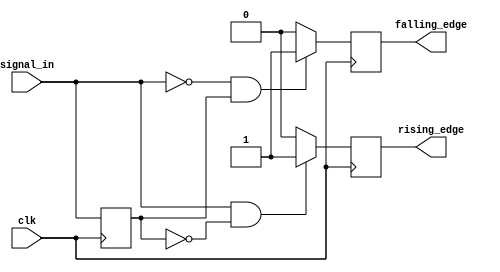
module edge_detector (
    input wire clk,            // Clock signal
    input wire signal_in,      // Input signal to be monitored
    output reg rising_edge,    // Rising edge output
    output reg falling_edge    // Falling edge output
);

    // Register to hold the previous state of the input signal
    reg prev_state;

    // Initialize the previous state on reset
    initial begin
        prev_state = 1'b0; // Initialize to low (0)
        rising_edge = 1'b0; // Initialize output signals to low
        falling_edge = 1'b0;
    end

    // Edge detection logic
    always @(posedge clk) begin
        // Check for rising edge
        if (signal_in == 1'b1 && prev_state == 1'b0) begin
            rising_edge <= 1'b1; // Set rising edge to high on detection
        end else begin
            rising_edge <= 1'b0; // Clear rising edge
        end
        
        // Check for falling edge
        if (signal_in == 1'b0 && prev_state == 1'b1) begin
            falling_edge <= 1'b1; // Set falling edge to high on detection
        end else begin
            falling_edge <= 1'b0; // Clear falling edge
        end
        
        // Update previous state
        prev_state <= signal_in; // Store current state for next clock cycle
    end

endmodule